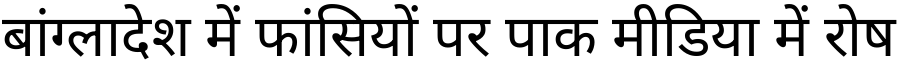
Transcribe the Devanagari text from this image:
बांग्लादेश में फांसियों पर पाक मीडिया में रोष